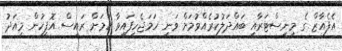
އެފެއާޒް ގެ މިނިސްޓަރާއި ބައްދަލުކުރެއްވުމަށް ވަނީ ހަމަޖެހިފައިވާ ކަމަށް ރައީސް އޮފީހުން މިއަދު